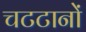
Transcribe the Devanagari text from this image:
चटटानों